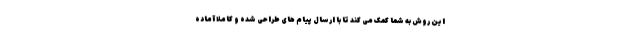
این روش به شما کمک می کند تا با ارسال پیام های طراحی شده و کاملا آماده